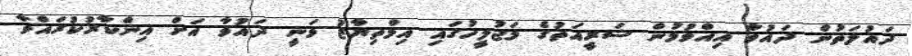
ދައުލަތުން ދައުވާ އިއްވުމުން ޝަރީއަތުގެ މަޖުލީހުގައި އިމްތިޔާޒު ވަނީ ދައުވާ އަށް އިންކާރުކުރައްވާ